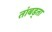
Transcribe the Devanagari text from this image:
तांबड्ता